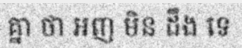
គ្នា ថា អញ មិន ដឹង ទេ